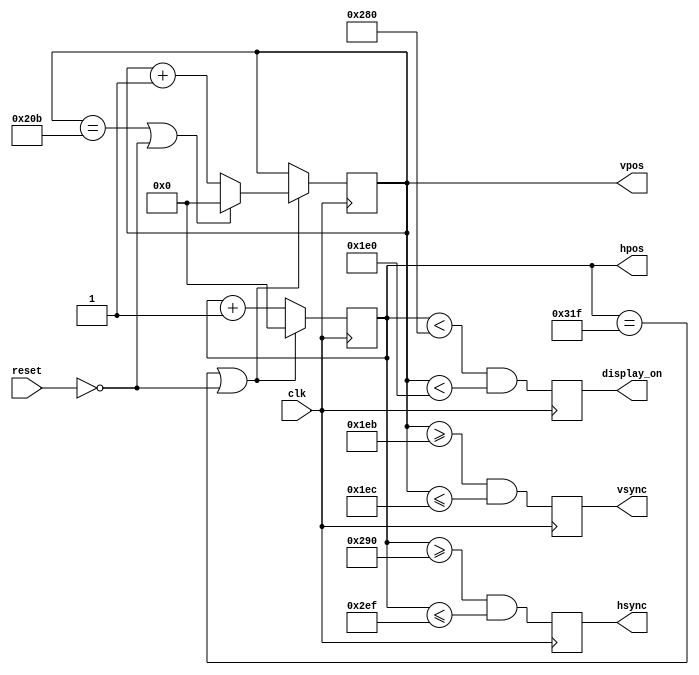
// Custom Module

module vga_syncgen(clk, reset, hsync, vsync, display_on, hpos, vpos);
  // https://yuji2yuji.hatenablog.com/entry/2019/08/21/144446
  input            clk;
  input            reset;
  output reg       hsync, vsync;
  output reg       display_on;
  output reg [9:0] hpos;
  output reg [9:0] vpos;

  // declarations for TV-simulator sync parameters
  // horizontal constants
  parameter H_DISPLAY       = 640; // horizontal display width
  parameter H_BACK          =  48; // horizontal left border (back porch)
  parameter H_FRONT         =  16; // horizontal right border (front porch)
  parameter H_SYNC          =  96; // horizontal sync width
  // vertical constants
  parameter V_DISPLAY       = 480; // vertical display height
  parameter V_TOP           =  31; // vertical top border
  parameter V_BOTTOM        =  11; // vertical bottom border
  parameter V_SYNC          =   2; // vertical sync # lines
  // derived constants
  parameter H_SYNC_START    = H_DISPLAY + H_FRONT;
  parameter H_SYNC_END      = H_DISPLAY + H_FRONT + H_SYNC - 1;
  parameter H_MAX           = H_DISPLAY + H_BACK + H_FRONT + H_SYNC - 1;
  parameter V_SYNC_START    = V_DISPLAY + V_BOTTOM;
  parameter V_SYNC_END      = V_DISPLAY + V_BOTTOM + V_SYNC - 1;
  parameter V_MAX           = V_DISPLAY + V_TOP + V_BOTTOM + V_SYNC - 1;

  wire hmaxxed = (hpos == H_MAX) || !reset;  // set when hpos is maximum
  wire vmaxxed = (vpos == V_MAX) || !reset;  // set when vpos is maximum

  // horizontal position counter
  always @(posedge clk)
  begin
    hsync <= (hpos >= H_SYNC_START && hpos <= H_SYNC_END);
    if(hmaxxed)
      hpos <= 0;
    else
      hpos <= hpos + 1;
  end

  // vertical position counter
  always @(posedge clk)
  begin
    vsync <= (vpos >= V_SYNC_START && vpos <= V_SYNC_END);
    if(hmaxxed)
      if (vmaxxed)
        vpos <= 0;
      else
        vpos <= vpos + 1;
  end

  // display_on is set when beam is in "safe" visible frame
  always @(posedge clk)
  begin
    display_on <= (hpos < H_DISPLAY) && (vpos < V_DISPLAY);
  end

endmodule